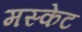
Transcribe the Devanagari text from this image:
मस्केट